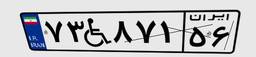
۷۳W۸۷۱۵۶